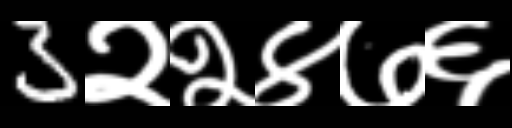
Text: 3२२४७६